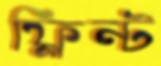
ফ্লিন্ট